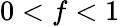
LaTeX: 0<f<1